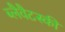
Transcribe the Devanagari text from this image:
ब्लैवैटस्की